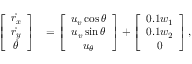
\begin{array} { r l } { \left[ \begin{array} { c } { \dot { r _ { x } } } \\ { \dot { r _ { y } } } \\ { \dot { \theta } } \end{array} \right] } & { = \left[ \begin{array} { c } { u _ { v } \cos \theta } \\ { u _ { v } \sin \theta } \\ { u _ { \theta } } \end{array} \right] + \left[ \begin{array} { c } { 0 . 1 w _ { 1 } } \\ { 0 . 1 w _ { 2 } } \\ { 0 } \end{array} \right] , } \end{array}